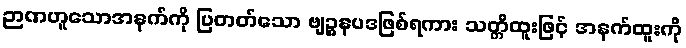
ဉာဏဟူသောအနက်ကို ပြတတ်သော ဗျဉ္ဇနပဒဖြစ်ရကား သတ္တိထူးဖြင့် အနက်ထူးကို